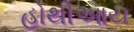
હોથીઆય